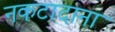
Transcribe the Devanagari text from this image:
नकटादाना